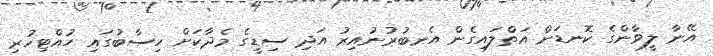
އޭނާ ލީވާންގެ ކޮނޑަށް އަތްލައިގެން އެނބުރުނުއިރު އަދި ސިޑީގެ މެދާކަށް ހިސާބުގައި ހުއްޓިހުރި